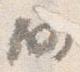
仍